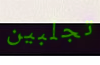
تجلبين